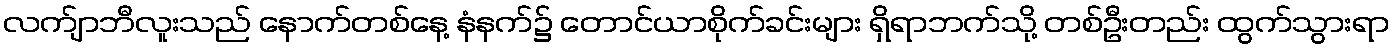
လက်ျာဘီလူးသည် နောက်တစ်နေ့ နံနက်၌ တောင်ယာစိုက်ခင်းများ ရှိရာဘက်သို့ တစ်ဦးတည်း ထွက်သွားရာ